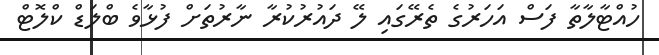
ހުއްޓާލާތާ ފަސް އަހަރުގެ ތެރޭގައި ލޭ ދައުރުކުރާ ނާރުތަށް ފުޅާވެ ބްލަޑް ކްލޮޓް